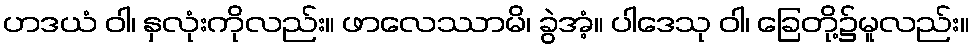
ဟဒယံ ဝါ၊ နှလုံးကိုလည်း။ ဖာလေဿာမိ၊ ခွဲအံ့။ ပါဒေသု ဝါ၊ ခြေတို့၌မူလည်း။